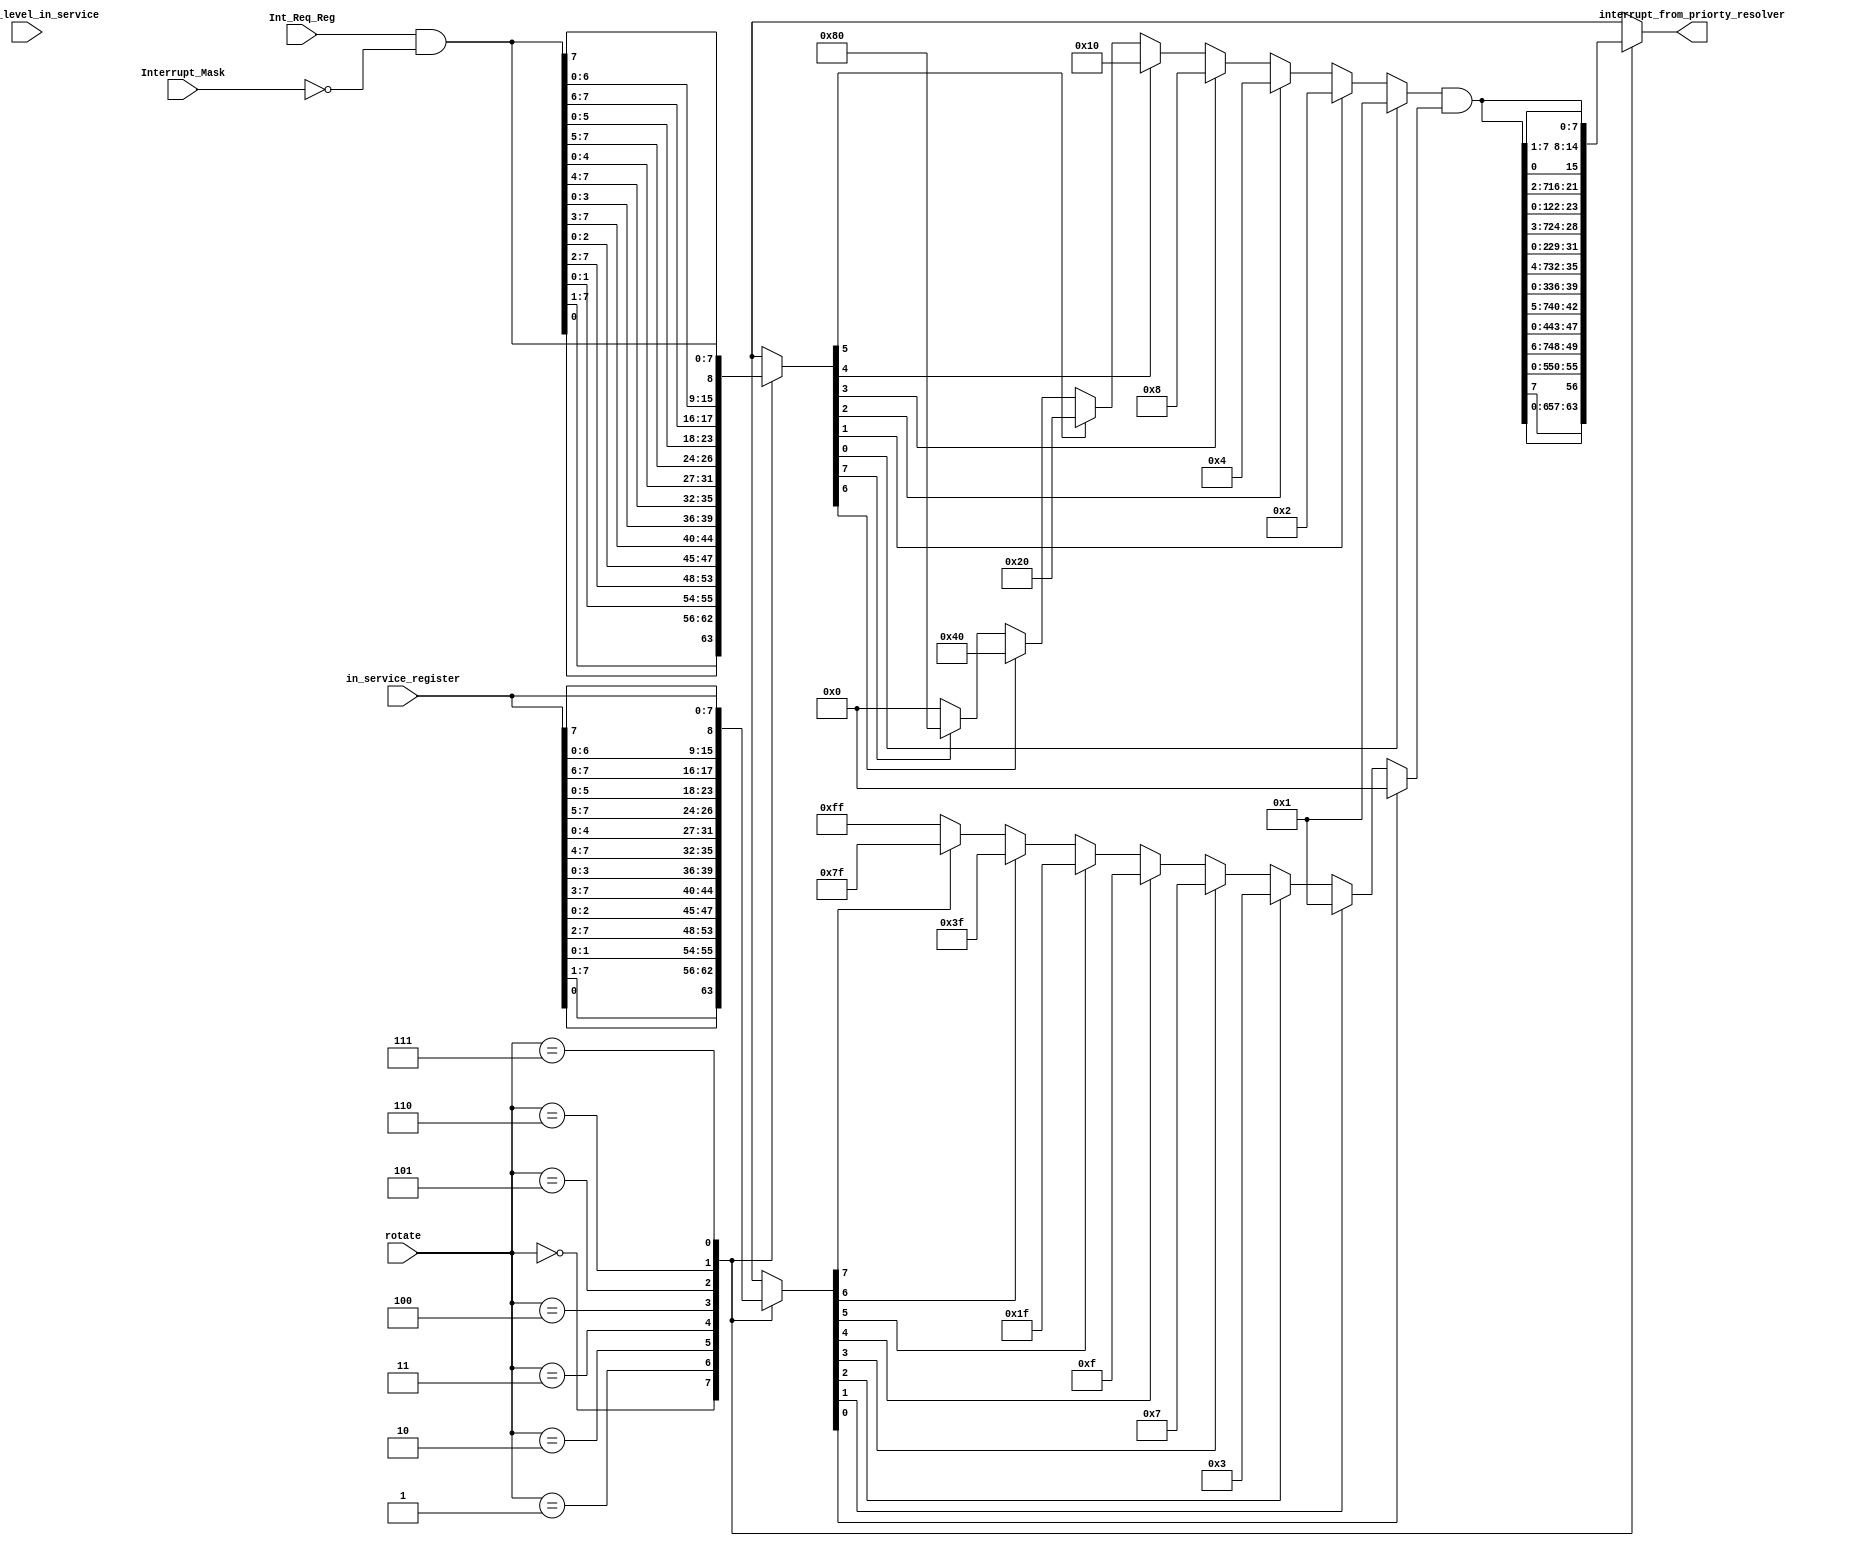
/***********************************************************
 * Developer: Jan Farag Hanna
 ************************************************************/
module PriorityResolver (
    // Inputs from control logic
    input   wire   [2:0]   rotate,
    input   wire   [7:0]   Interrupt_Mask,
    input   wire   [7:0]   highest_level_in_service,

    // Inputs
    input   wire   [7:0]   Int_Req_Reg,
    input   wire   [7:0]   in_service_register,

    // Outputs
    output  wire   [7:0]   interrupt_from_priorty_resolver
);


    //
    // Masked flags
    //
    wire   [7:0]   masked_interrupt_request;
    assign masked_interrupt_request = Int_Req_Reg & ~Interrupt_Mask;

    wire   [7:0]   masked_in_service;
    assign masked_in_service        = in_service_register ;


    //
    // Resolve priority
    //
    wire   [7:0]   rotated_request;
    reg   [7:0]   rotated_in_service;
    reg   [7:0]   priority_mask;
    wire   [7:0]   rotated_interrupt;

    assign rotated_request = rotate_right(masked_interrupt_request, rotate);

    always @(*) begin
        rotated_in_service = rotate_right(masked_in_service, rotate);

    end

    always @(*) begin
        if      (rotated_in_service[0] == 1'b1) priority_mask = 8'b00000000;
        else if (rotated_in_service[1] == 1'b1) priority_mask = 8'b00000001;
        else if (rotated_in_service[2] == 1'b1) priority_mask = 8'b00000011;
        else if (rotated_in_service[3] == 1'b1) priority_mask = 8'b00000111;
        else if (rotated_in_service[4] == 1'b1) priority_mask = 8'b00001111;
        else if (rotated_in_service[5] == 1'b1) priority_mask = 8'b00011111;
        else if (rotated_in_service[6] == 1'b1) priority_mask = 8'b00111111;
        else if (rotated_in_service[7] == 1'b1) priority_mask = 8'b01111111;
        else                                    priority_mask = 8'b11111111;
    end

    assign rotated_interrupt = resolv_priority(rotated_request) & priority_mask;

    assign interrupt_from_priorty_resolver = rotate_left(rotated_interrupt, rotate);

// Function decleration
function reg [7:0] resolv_priority (input [7:0] request);
        if      (request[0] == 1'b1)    resolv_priority = 8'b00000001;
        else if (request[1] == 1'b1)    resolv_priority = 8'b00000010;
        else if (request[2] == 1'b1)    resolv_priority = 8'b00000100;
        else if (request[3] == 1'b1)    resolv_priority = 8'b00001000;
        else if (request[4] == 1'b1)    resolv_priority = 8'b00010000;
        else if (request[5] == 1'b1)    resolv_priority = 8'b00100000;
        else if (request[6] == 1'b1)    resolv_priority = 8'b01000000;
        else if (request[7] == 1'b1)    resolv_priority = 8'b10000000;
        else                            resolv_priority = 8'b00000000;
    endfunction

    function reg [7:0] rotate_right (input [7:0] source, input [2:0] rotate);
        case (rotate)
            3'b000:  rotate_right = { source[0],   source[7:1] };
            3'b001:  rotate_right = { source[1:0], source[7:2] };
            3'b010:  rotate_right = { source[2:0], source[7:3] };
            3'b011:  rotate_right = { source[3:0], source[7:4] };
            3'b100:  rotate_right = { source[4:0], source[7:5] };
            3'b101:  rotate_right = { source[5:0], source[7:6] };
            3'b110:  rotate_right = { source[6:0], source[7]   };
            3'b111:  rotate_right = source;
            default: rotate_right = source;
        endcase
    endfunction

    function reg [7:0] rotate_left (input [7:0] source, input [2:0] rotate);
        case (rotate)
            3'b000:  rotate_left = { source[6:0], source[7]   };
            3'b001:  rotate_left = { source[5:0], source[7:6] };
            3'b010:  rotate_left = { source[4:0], source[7:5] };
            3'b011:  rotate_left = { source[3:0], source[7:4] };
            3'b100:  rotate_left = { source[2:0], source[7:3] };
            3'b101:  rotate_left = { source[1:0], source[7:2] };
            3'b110:  rotate_left = { source[0],   source[7:1] };
            3'b111:  rotate_left = source;
            default: rotate_left = source;
        endcase
    endfunction

endmodule